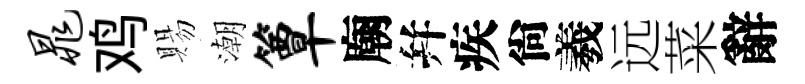
晁鸡賜潮簟廟幷疾尙羲远菜辭